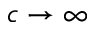
c \rightarrow \infty